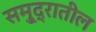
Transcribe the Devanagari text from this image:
समु्द्रातील